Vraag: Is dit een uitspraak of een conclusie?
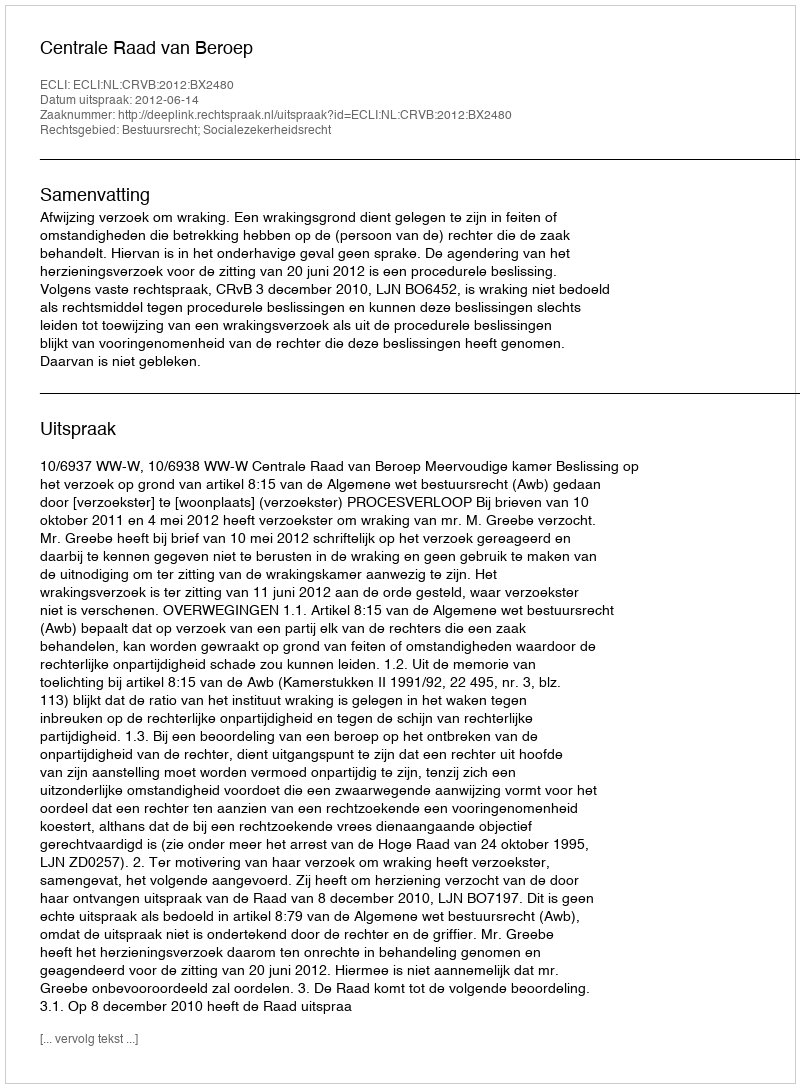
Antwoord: Uitspraak